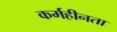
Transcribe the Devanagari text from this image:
कर्महीनता